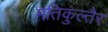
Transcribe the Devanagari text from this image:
मंतिकुल्तैर